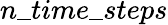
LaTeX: n\_ time\_ steps